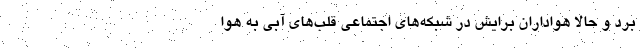
برد و حالا هواداران برایش در شبکه‌های اجتماعی قلب‌های آبی به هوا